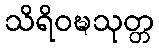
သိရိဝဍ္ဎသုတ္တ